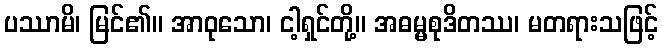
ပဿာမိ၊ မြင်၏။ အာဝုသော၊ ငါ့ရှင်တို့။ အဓမ္မစုဒိတဿ၊ မတရားသဖြင့်